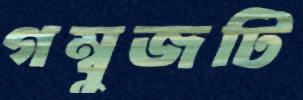
গম্বুজটি